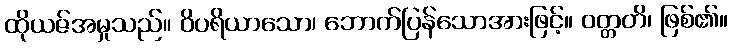
ထိုယဇ်အမှုသည်။ ဝိပရိယာသော၊ ဘောက်ပြန်သောအားဖြင့်။ ဝတ္တတိ၊ ဖြစ်၏။